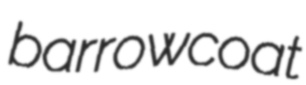
barrowcoat